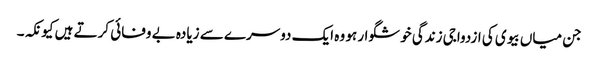
جن میاں بیوی کی ازدواجی زندگی خوشگوار ہو وہ ایک دوسرے سے زیادہ بے وفائی کرتے ہیں کیونکہ۔